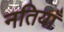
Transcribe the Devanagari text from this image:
नतियाँ